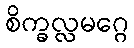
စိက္ခလ္လမဂ္ဂေ